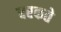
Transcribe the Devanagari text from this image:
बरकते